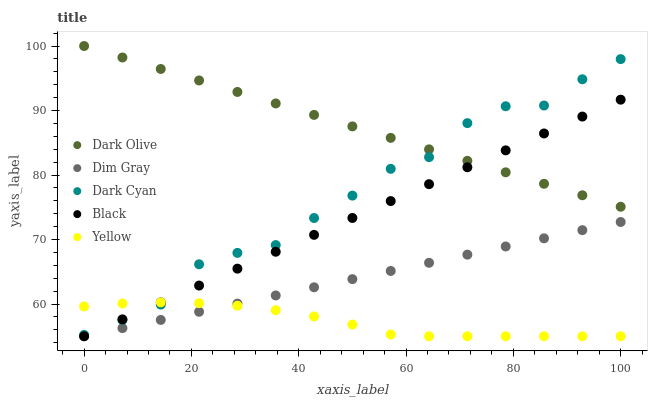
| xaxis_label | Dark Olive | Dim Gray | Dark Cyan | Black | Yellow |
 | --- | --- | --- | --- | --- | --- |
 | 0 | 100 | 55 | 55.2 | 55 | 59.6 |
 | 7.14 | 98.2 | 56.3 | 57.5 | 57.6 | 60.1 |
 | 14.3 | 96.4 | 57.5 | 59.9 | 60.2 | 60.2 |
 | 21.4 | 94.7 | 58.8 | 66.2 | 62.9 | 60.1 |
 | 28.6 | 92.9 | 60.1 | 67.9 | 65.5 | 59.7 |
 | 35.7 | 91.1 | 61.3 | 69.1 | 68.1 | 59 |
 | 42.9 | 89.3 | 62.6 | 73.3 | 70.7 | 58.1 |
 | 50 | 87.5 | 63.9 | 76.8 | 73.3 | 56.8 |
 | 57.1 | 85.8 | 65.1 | 81 | 76 | 55.3 |
 | 64.3 | 84 | 66.4 | 82.8 | 78.6 | 55 |
 | 71.4 | 82.2 | 67.7 | 88 | 81.2 | 55 |
 | 78.6 | 80.4 | 68.9 | 90.7 | 83.8 | 55 |
 | 85.7 | 78.6 | 70.2 | 90.8 | 86.4 | 55 |
 | 92.9 | 76.9 | 71.5 | 94.8 | 89.1 | 55 |
 | 100 | 75.1 | 72.7 | 98 | 91.7 | 55 |